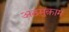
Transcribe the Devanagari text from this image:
अठमुक़ाम